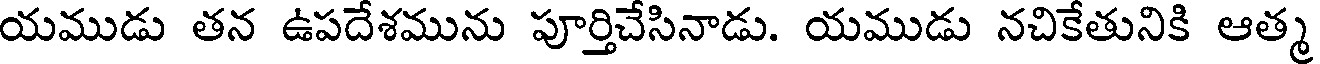
యముడు తన ఉపదేశమును పూర్తిచేసినాడు. యముడు నచికేతునికి ఆత్మ